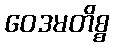
ဝေဒမတိစ္စ